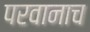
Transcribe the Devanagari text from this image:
परवानाच